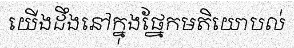
យើងដឹងនៅក្នុងផ្នែកមតិយោបល់